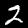
Label: 2